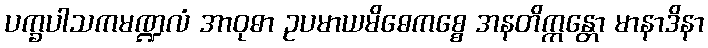
ပက္ခပါသကမဏ္ဍလံ အာဝုဓာ ဥပမာယမိဓေကစ္စေ အနတိက္ကန္တော မာနာဒိနာ